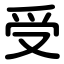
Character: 受